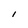
Character: 1